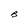
Character: B